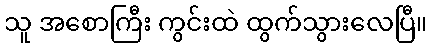
သူ အစောကြီး ကွင်းထဲ ထွက်သွားလေပြီ။